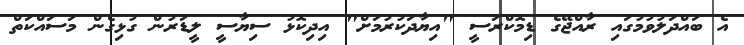
އެ ބައްދަލުވުމުގައި ރާއްޖޭގެ ޑިމޮކްރަސީ "އިޔާދަކުރުމަށް" އިދިކޮޅު ސިޔާސީ ލީޑަރުން ގުޅިގެން މަސައްކަތް